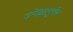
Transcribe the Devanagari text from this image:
उपेक्षापूर्वक